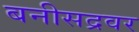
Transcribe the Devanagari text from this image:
बनीसद्रवर